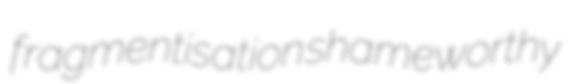
fragmentisation shameworthy